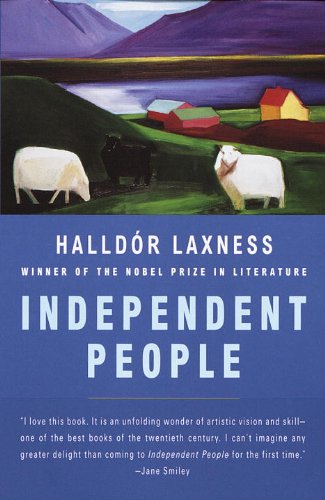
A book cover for Independent People; Halldor Laxness; Literature & Fiction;